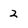
Character: 2